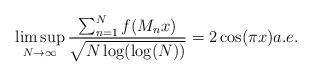
LaTeX: \begin{align*}\limsup_{N\to\infty}\frac{\sum_{n=1}^Nf(M_nx)}{\sqrt{N\log(\log(N))}}=2\cos(\pi x) a.e.\end{align*}